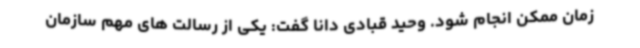
زمان ممکن انجام شود. وحید قبادی دانا گفت: یکی از رسالت های مهم سازمان